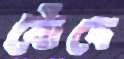
বোঁদে